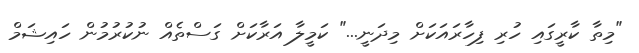
"މިތާ ކާރީގައި ހުރި ފިހާރައަކަށް މިދަނީ..." ކަމީލާ އަރާކަށް ގަސްތެއް ނުކުރުމުން ހައިޝަމް